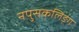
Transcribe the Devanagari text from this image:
नपुसकलिङ्ग